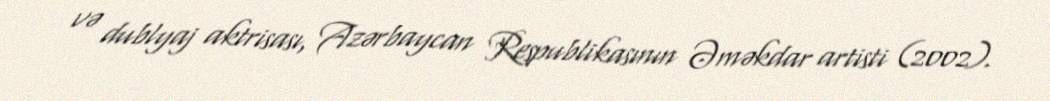
və dublyaj aktrisası, Azərbaycan Respublikasının Əməkdar artisti (2002).